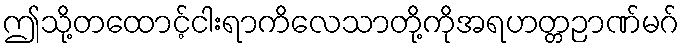
ဤသို့တထောင့်ငါးရာကိလေသာတို့ကိုအရဟတ္တဉာဏ်မဂ်